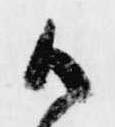
御